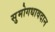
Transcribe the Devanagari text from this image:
सुमोगधावदान